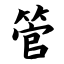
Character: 管